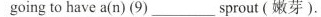
going to have a(n) (9) ___ sprout(嫩芽).